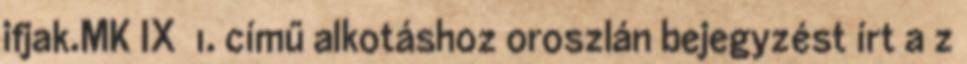
ifjak.MK IX 1. című alkotáshoz oroszlán bejegyzést írt a z